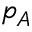
p _ { A }